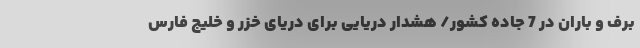
برف و باران در 7 جاده کشور/ هشدار دریایی برای دریای خزر و خلیج فارس